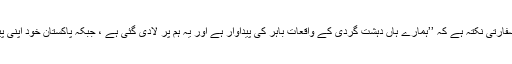
اس نے کہا کہ بھارت کا ایک اہم سفارتی نکتہ ہے کہ ’’ہمارے ہاں دہشت گردی کے واقعات باہر کی پیداوار ہے اور یہ ہم پر لادی گئی ہے ، جبکہ پاکستان خود اپنی پیدا کردہ دہشت گردی کا شکار ہے۔